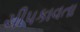
ચીપકાવતા